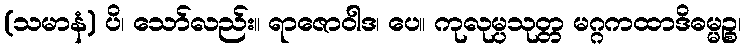
(သမာနံ) ပိ၊ သော်လည်း။ ရာဇောဝါဒ၊ ပေ။ ကုလုမ္ပသုတ္တ မဂ္ဂကထာဒိဓမ္မဉ္စ၊